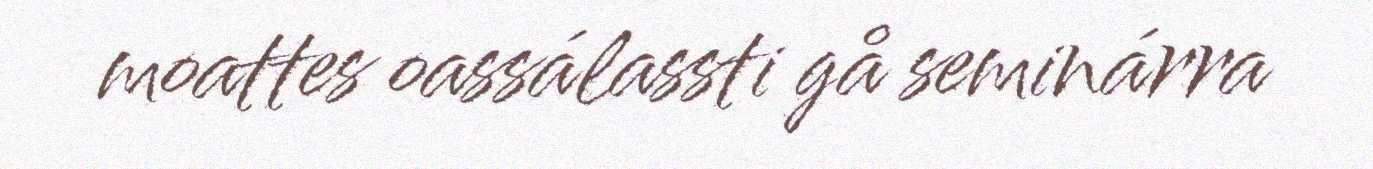
moattes oassálassti gå seminárra